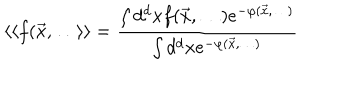
LaTeX: \langle \langle f ( { \vec { x } } , \dots \rangle \rangle = \frac { \int d ^ { d } x f ( { \vec { x } } , \dots ) e ^ { - \varphi ( { \vec { x } } , \dots ) } } { \int d ^ { d } x e ^ { - \varphi ( { \vec { x } } , \dots ) } }